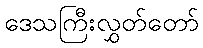
ဒေသကြီးလွှတ်တော်